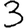
Digit: 3